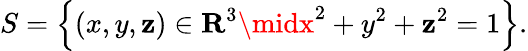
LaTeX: S=\left\{ (x,y,\mathbf{z})\in\mathbf{{R}}^{3}\midx^{2}+y^{2}+\mathbf{z}^{2}=1\right\} .